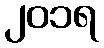
၂၀၁ရ